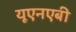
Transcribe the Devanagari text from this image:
यूएनएबी